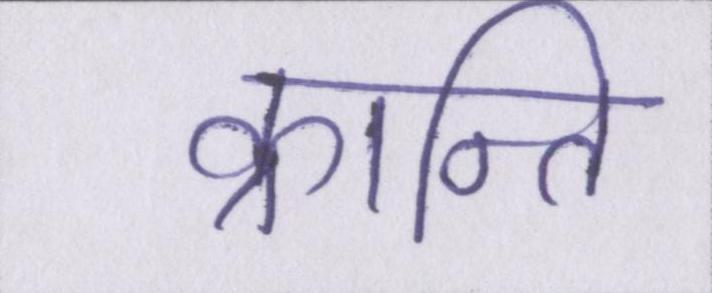
क्रान्ति